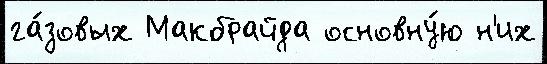
га́зовых Макбрайда основну́ю н'их